Trukikaitis_Postimees, lk 55
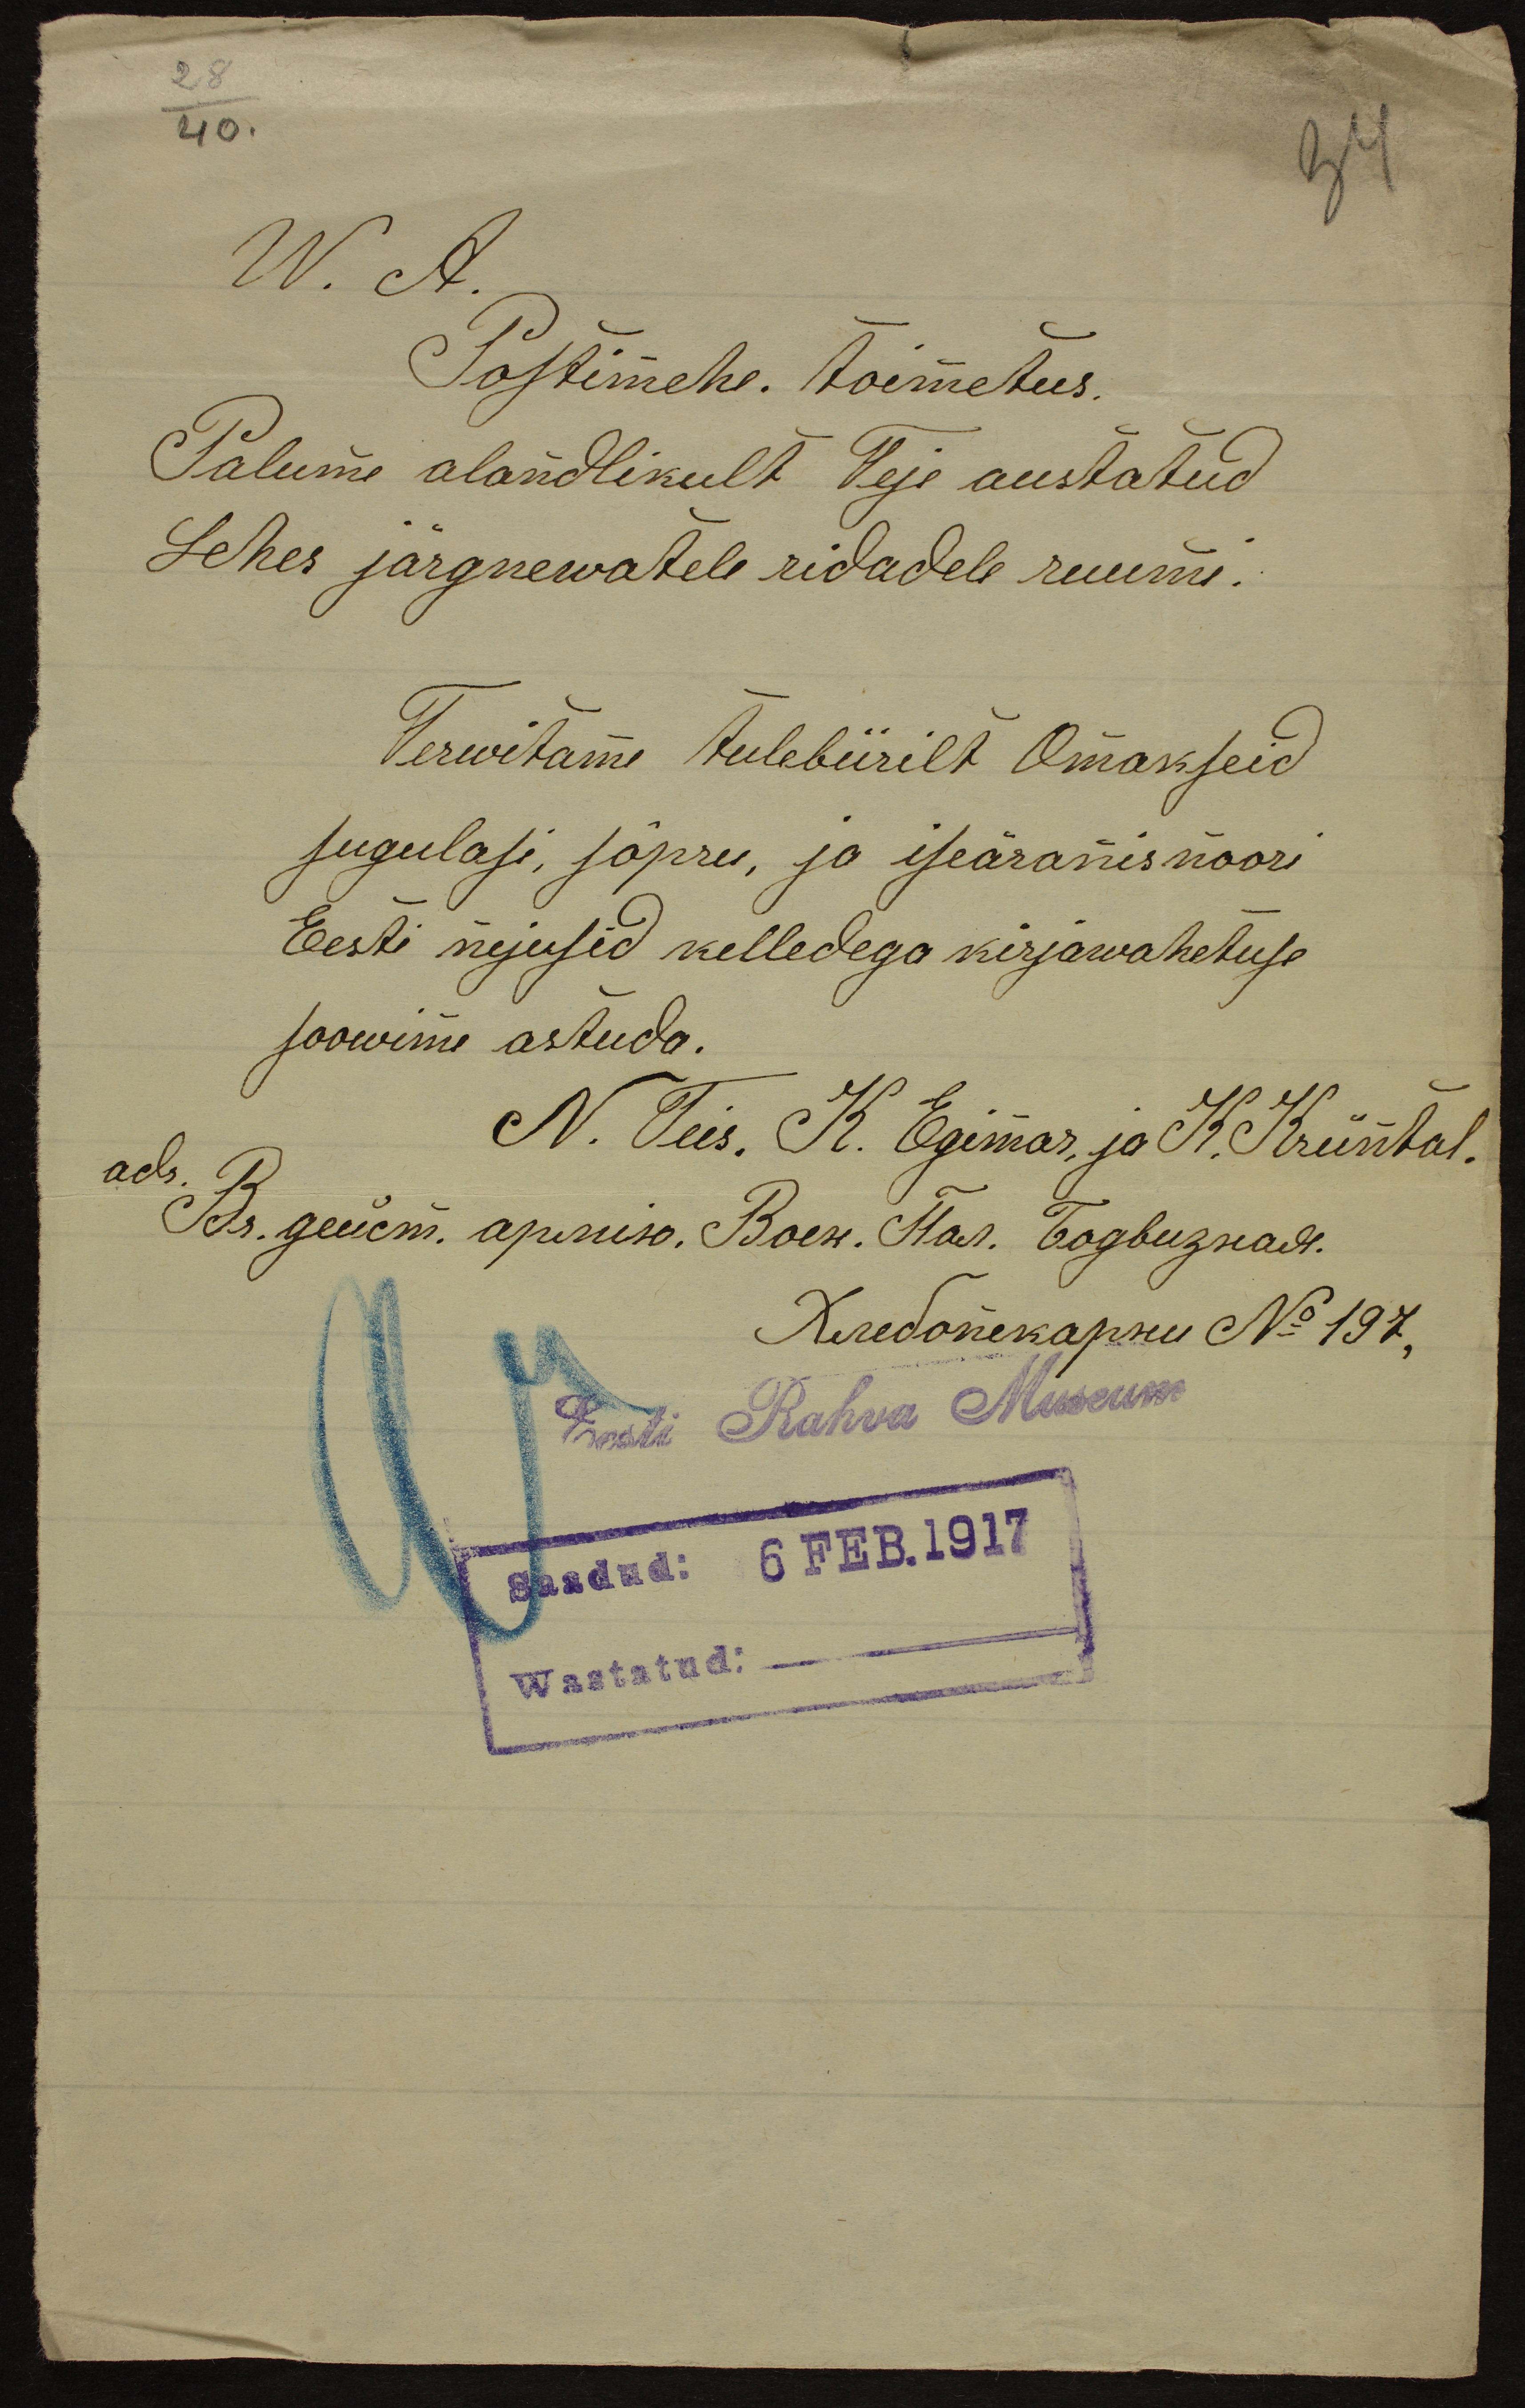
W. A.
Postimehe. Toimetus.
Palume alandlikult Teie austatud
Lehes järgnewatele ridadele ruumi.
Tervitame tulebiirilt Omakseid
sugulasi, sõpru, ja iseäranis noori
Eesti neiusid kelledega kirjavahetuse
soowime astuda.
N. Teis, K. Egimar, ja K. Krüntal.
adr.
Eest Rahva Museum
Saadud: 6 FEB.1917
Wastatud: